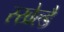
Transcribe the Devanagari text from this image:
स्खेल्डै